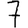
Digit: 7